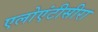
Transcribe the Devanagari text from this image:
एलोएंटीसीरा